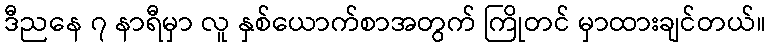
ဒီညနေ ၇ နာရီမှာ လူ နှစ်ယောက်စာအတွက် ကြိုတင် မှာထားချင်တယ်။